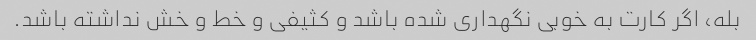
بله، اگر کارت به خوبی نگهداری شده باشد و کثیفی و خط و خش نداشته باشد.